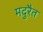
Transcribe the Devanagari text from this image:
मदुरैत